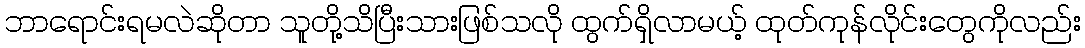
ဘာရောင်းရမလဲဆိုတာ သူတို့သိပြီးသားဖြစ်သလို ထွက်ရှိလာမယ့် ထုတ်ကုန်လိုင်းတွေကိုလည်း